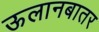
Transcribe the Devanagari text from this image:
ऊलानबातर